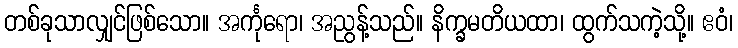
တစ်ခုသာလျှင်ဖြစ်သော။ အင်္ကုရော၊ အညွန့်သည်။ နိက္ခမတိယထာ၊ ထွက်သကဲ့သို့။ ဧဝံ၊